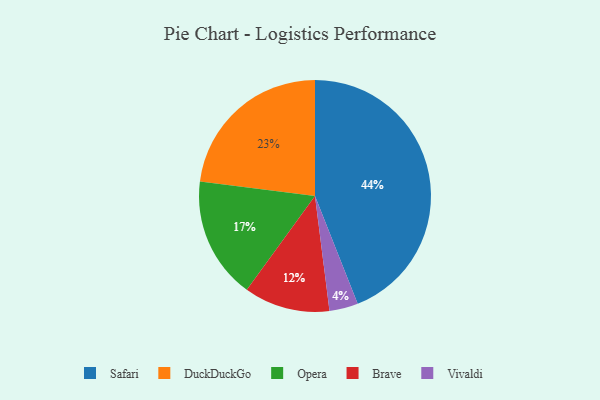
{"axis": {"x": "Category", "y": "Percentage"}, "legend": ["Brave", "DuckDuckGo", "Opera", "Safari", "Vivaldi"], "data": [{"x": "Brave", "y": 12, "type": "Brave"}, {"x": "Safari", "y": 44, "type": "Safari"}, {"x": "DuckDuckGo", "y": 23, "type": "DuckDuckGo"}, {"x": "Opera", "y": 17, "type": "Opera"}, {"x": "Vivaldi", "y": 4, "type": "Vivaldi"}]}